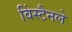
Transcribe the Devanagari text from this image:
विंस्टैनले